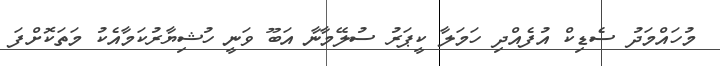
މުހައްމަދު ސެޑިކް އުފެއްދި ހަމަލާ ކީޕަރު ސުލޭމާނާ އަބޫ ވަނީ ހުޝިޔާރުކަމާއެކު މަތަކޮށްފަ